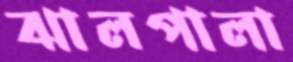
ঝালপালা